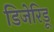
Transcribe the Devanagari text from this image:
डिजेरिडू